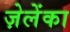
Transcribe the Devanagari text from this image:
ज़ेलेंका